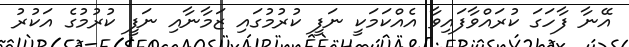
އޭނާ ފާހަގަ ކުރައްވާފައިވާ އެއްކަމަކީ ނަފީ ކުރުމުގައި ޒަމާނާއި ނަފީ ކުރުމުގެ އަކުރު